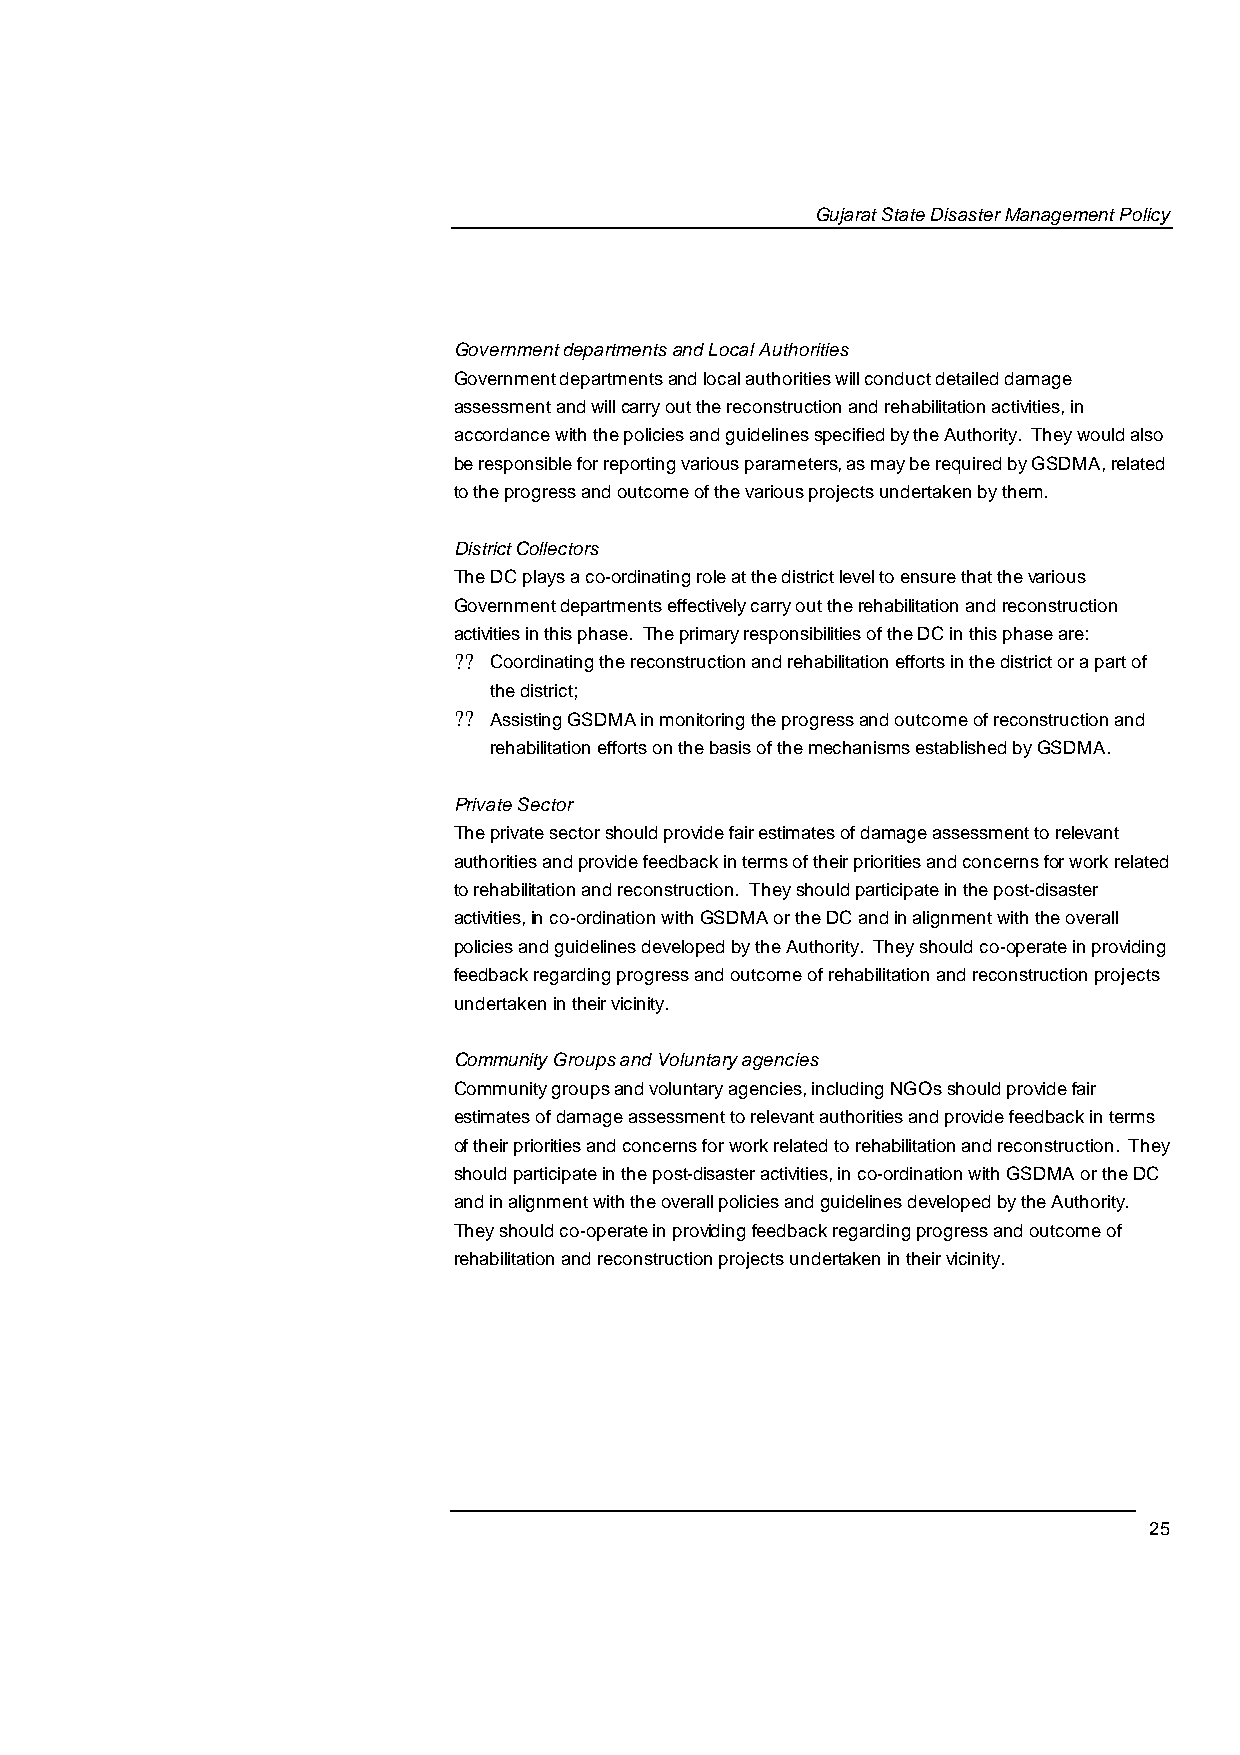
Gujarat State Disaster Management Policy
 Government departments and Local Authorities
 Government departments and local authorities will conduct detailed damage
 assessment and will carry out the reconstruction and rehabilitation activities, in
 accordance with the policies and guidelines specified by the Authority. They would also
 be responsible for reporting various parameters, as may be required by GSDMA, related
 to the progress and outcome of the various projects undertaken by them.
 District Collectors
 The DC plays a co-ordinating role at the district level to ensure that thev arious
 Government departments effectively carry out ther ehabilitation and reconstruction
 activities in this phase. The primary responsibilities of the DC in this phase are:
 ??
 Coordinating the reconstruction and rehabilitation efforts in the district or a part of
 the district;
 ??
 Assisting GSDMA in monitoring the progress and outcome of reconstruction and
 rehabilitation efforts on the basis of the mechanisms established by GSDMA.
 Private Sector
 The private sector should provide fair estimates of damage assessment to relevant
 authorities and provide feedback in terms of their priorities and concerns ofr work related
 to rehabilitation and reconstruction. They should participate in the post-disaster
 activities, in co-ordination with GSDMA or the DC and in alignment with the overall
 policies and guidelines developed by the Authority. They should co-operate in providing
 feedback regarding progress and outcome of rehabilitation and reconstruction projects
 undertaken in their vicinity .
 Community Groups and Voluntary agencies
 Community groups and voluntary agencies, including NGOs should provide fair
 estimates of damage assessment to relevant authorities and provide feedback in terms
 of their priorities and concerns for work related to rehabilitation and reconstruction. They
 should participate in the post-disaster activities, in co-ordination with GSDMA or the DC
 and in alignment with the overall policies and guidelines developed by the Authorit.y
 They should co-operate in providing feedback regarding progress and outcome of
 rehabilitation and reconstruction projects undertaken in their vicinity.
 25